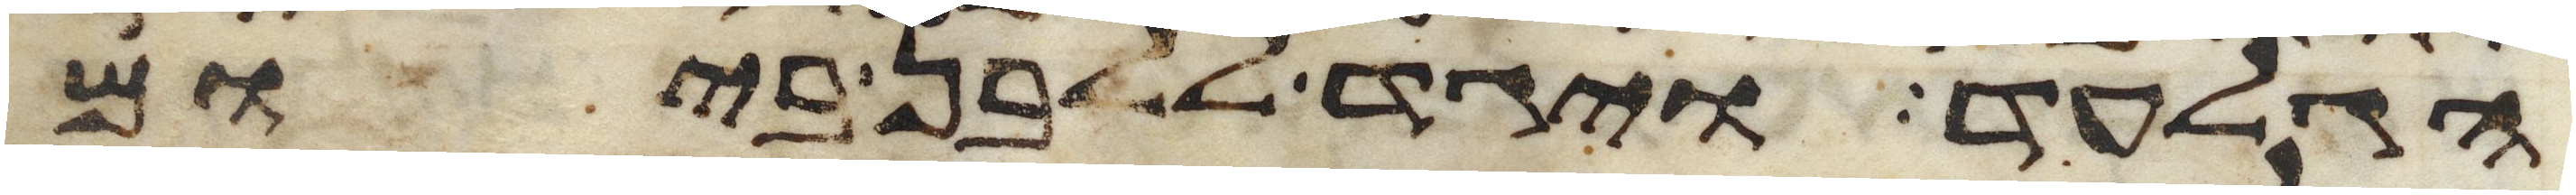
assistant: הגלעד ויגד ללבן ביום